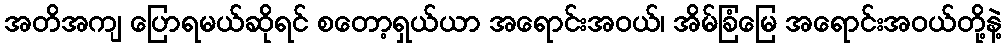
အတိအကျ ပြောရမယ်ဆိုရင် စတော့ရှယ်ယာ အရောင်းအဝယ်၊ အိမ်ခြံမြေ အရောင်းအဝယ်တို့နဲ့